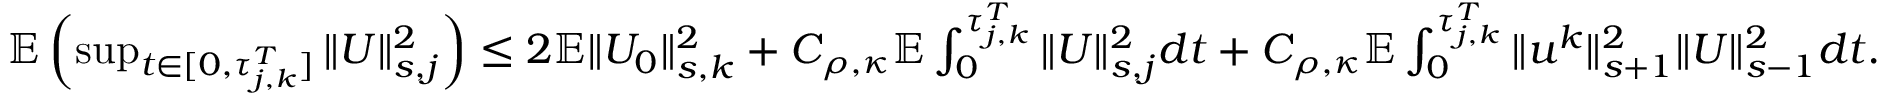
\begin{array} { r } { \mathbb E \left( \operatorname* { s u p } _ { t \in [ 0 , \tau _ { j , k } ^ { T } ] } \| U \| _ { s , j } ^ { 2 } \right) \leq 2 \mathbb E \| U _ { 0 } \| _ { s , k } ^ { 2 } + C _ { \rho , \kappa } \mathbb E \int _ { 0 } ^ { \tau _ { j , k } ^ { T } } \| U \| _ { s , j } ^ { 2 } d t + C _ { \rho , \kappa } \mathbb E \int _ { 0 } ^ { \tau _ { j , k } ^ { T } } \| u ^ { k } \| _ { s + 1 } ^ { 2 } \| U \| _ { s - 1 } ^ { 2 } d t . } \end{array}